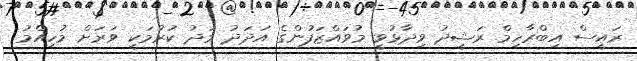
ރައީސް އިބްރާހިމް ރަޝީދު ވިދާޅުވީ މުވައްޒަފުންގެ އަދަދު މަދު ކުރުމަކީ ވަރަށް މުހިއްމު